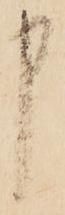
申